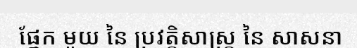
ផ្នែក មួយ នៃ ប្រវត្តិសាស្ត្រ នៃ សាសនា